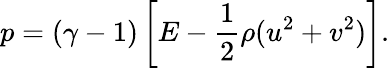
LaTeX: p=(\gamma-1)\left[E-\frac{1}{2}\rho(u^{2}+v^{2})\right].